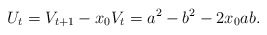
\begin{align*}U_{t} = V_{t+1}-x_{0}V_{t} = a^{2}-b^{2}-2x_{0}ab. \end{align*}